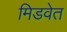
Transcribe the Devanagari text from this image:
मिडवेत